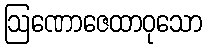
ဩဏောဇေထာဝုသော